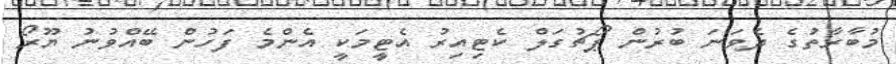
މުބާރާތުގެ ދެވަނަ ބުރުން ޕޯޗުގަލް ކެޓިއިރު އެޓީމަކީ އެންމެ ފަހުން ބޭއްވުނު ޔޫރޯ